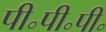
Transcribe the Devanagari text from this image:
पी॰पी॰पी॰